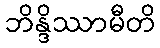
ဘိန္ဒိဿာမီတိ